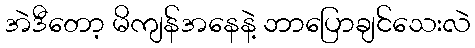
အဲဒီတော့ မိကျန်အနေနဲ့ ဘာပြောချင်သေးလဲ